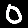
Digit: 0